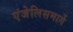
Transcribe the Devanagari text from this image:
एंजेलिसमार्गे